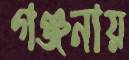
গঞ্জনায়